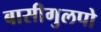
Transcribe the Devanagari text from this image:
बासीगुलपो